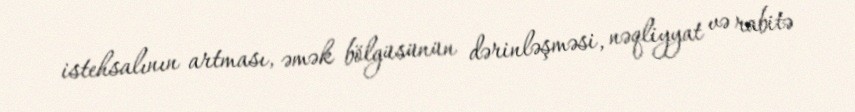
istehsalının artması, əmək bölgüsünün dərinləşməsi, nəqliyyat və rabitə